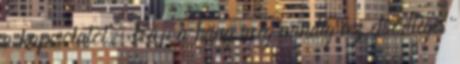
a kapcsolatot. Bár a hang még mindig az elsődleges